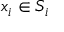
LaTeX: x _ { i } \in S _ { i }